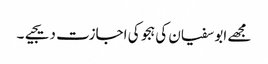
مجھے ابو سفیان کی ہجو کی اجازت دیجیے۔